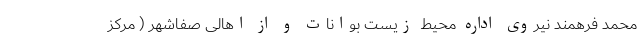
محمد فرهمند نیروی اداره محیط زیست بوانات و از اهالی صفاشهر ( مرکز